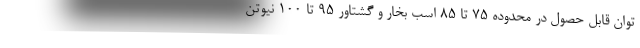
توان قابل حصول در محدوده ۷۵ تا ۸۵ اسب بخار و گشتاور ۹۵ تا ۱۰۰ نیوتن